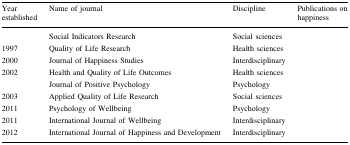
<table><thead><tr><td><b>Year established</b></td><td><b>Name of journal</b></td><td><b>Discipline</b></td><td><b>Publications on happiness</b></td></tr></thead><tbody><tr><td>[EMPTY_CELL]</td><td>Social Indicators Research</td><td>Social sciences</td><td>[EMPTY_CELL]</td></tr><tr><td>1997</td><td>Quality of Life Research</td><td>Health sciences</td><td>[EMPTY_CELL]</td></tr><tr><td>2000</td><td>Journal of Happiness Studies</td><td>Interdisciplinary</td><td>[EMPTY_CELL]</td></tr><tr><td>2002</td><td>Health and Quality of Life Outcomes</td><td>Health sciences</td><td>[EMPTY_CELL]</td></tr><tr><td>[EMPTY_CELL]</td><td>Journal of Positive Psychology</td><td>Psychology</td><td>[EMPTY_CELL]</td></tr><tr><td>2003</td><td>Applied Quality of Life Research</td><td>Social sciences</td><td>[EMPTY_CELL]</td></tr><tr><td>2011</td><td>Psychology of Wellbeing</td><td>Psychology</td><td>[EMPTY_CELL]</td></tr><tr><td>2011</td><td>International Journal of Wellbeing</td><td>Interdisciplinary</td><td>[EMPTY_CELL]</td></tr><tr><td>2012</td><td>International Journal of Happiness and Development</td><td>Interdisciplinary</td><td>[EMPTY_CELL]</td></tr></tbody></table>